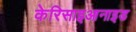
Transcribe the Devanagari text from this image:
केरिसाइआनाइड